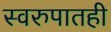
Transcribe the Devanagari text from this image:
स्वरुपातही